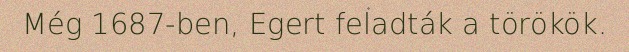
Még 1687-ben, Egert feladták a törökök.